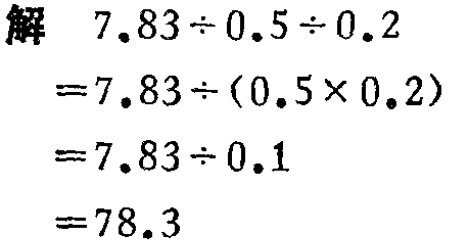
解

\[

\begin{align*}

&7.83\div0.5\div0.2\\

=&7.83\div(0.5\times0.2)\\

=&7.83\div0.1\\

=&78.3

\end{align*}

\]